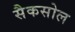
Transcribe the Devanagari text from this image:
सैकसोल